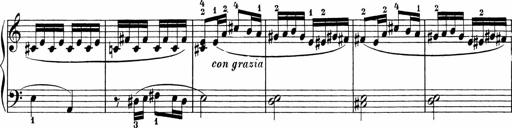
Title: Sonatinen Op.47, 98 und 136, nebst 6 Liedersonatinen
Composer: Carl Reinecke